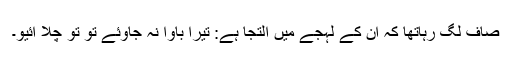
صاف لگ رہاتھا کہ ان کے لہجے میں التجا ہے: تیرا باوا نہ جاوئے تو تو چلا آئیو۔